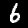
Digit: 6